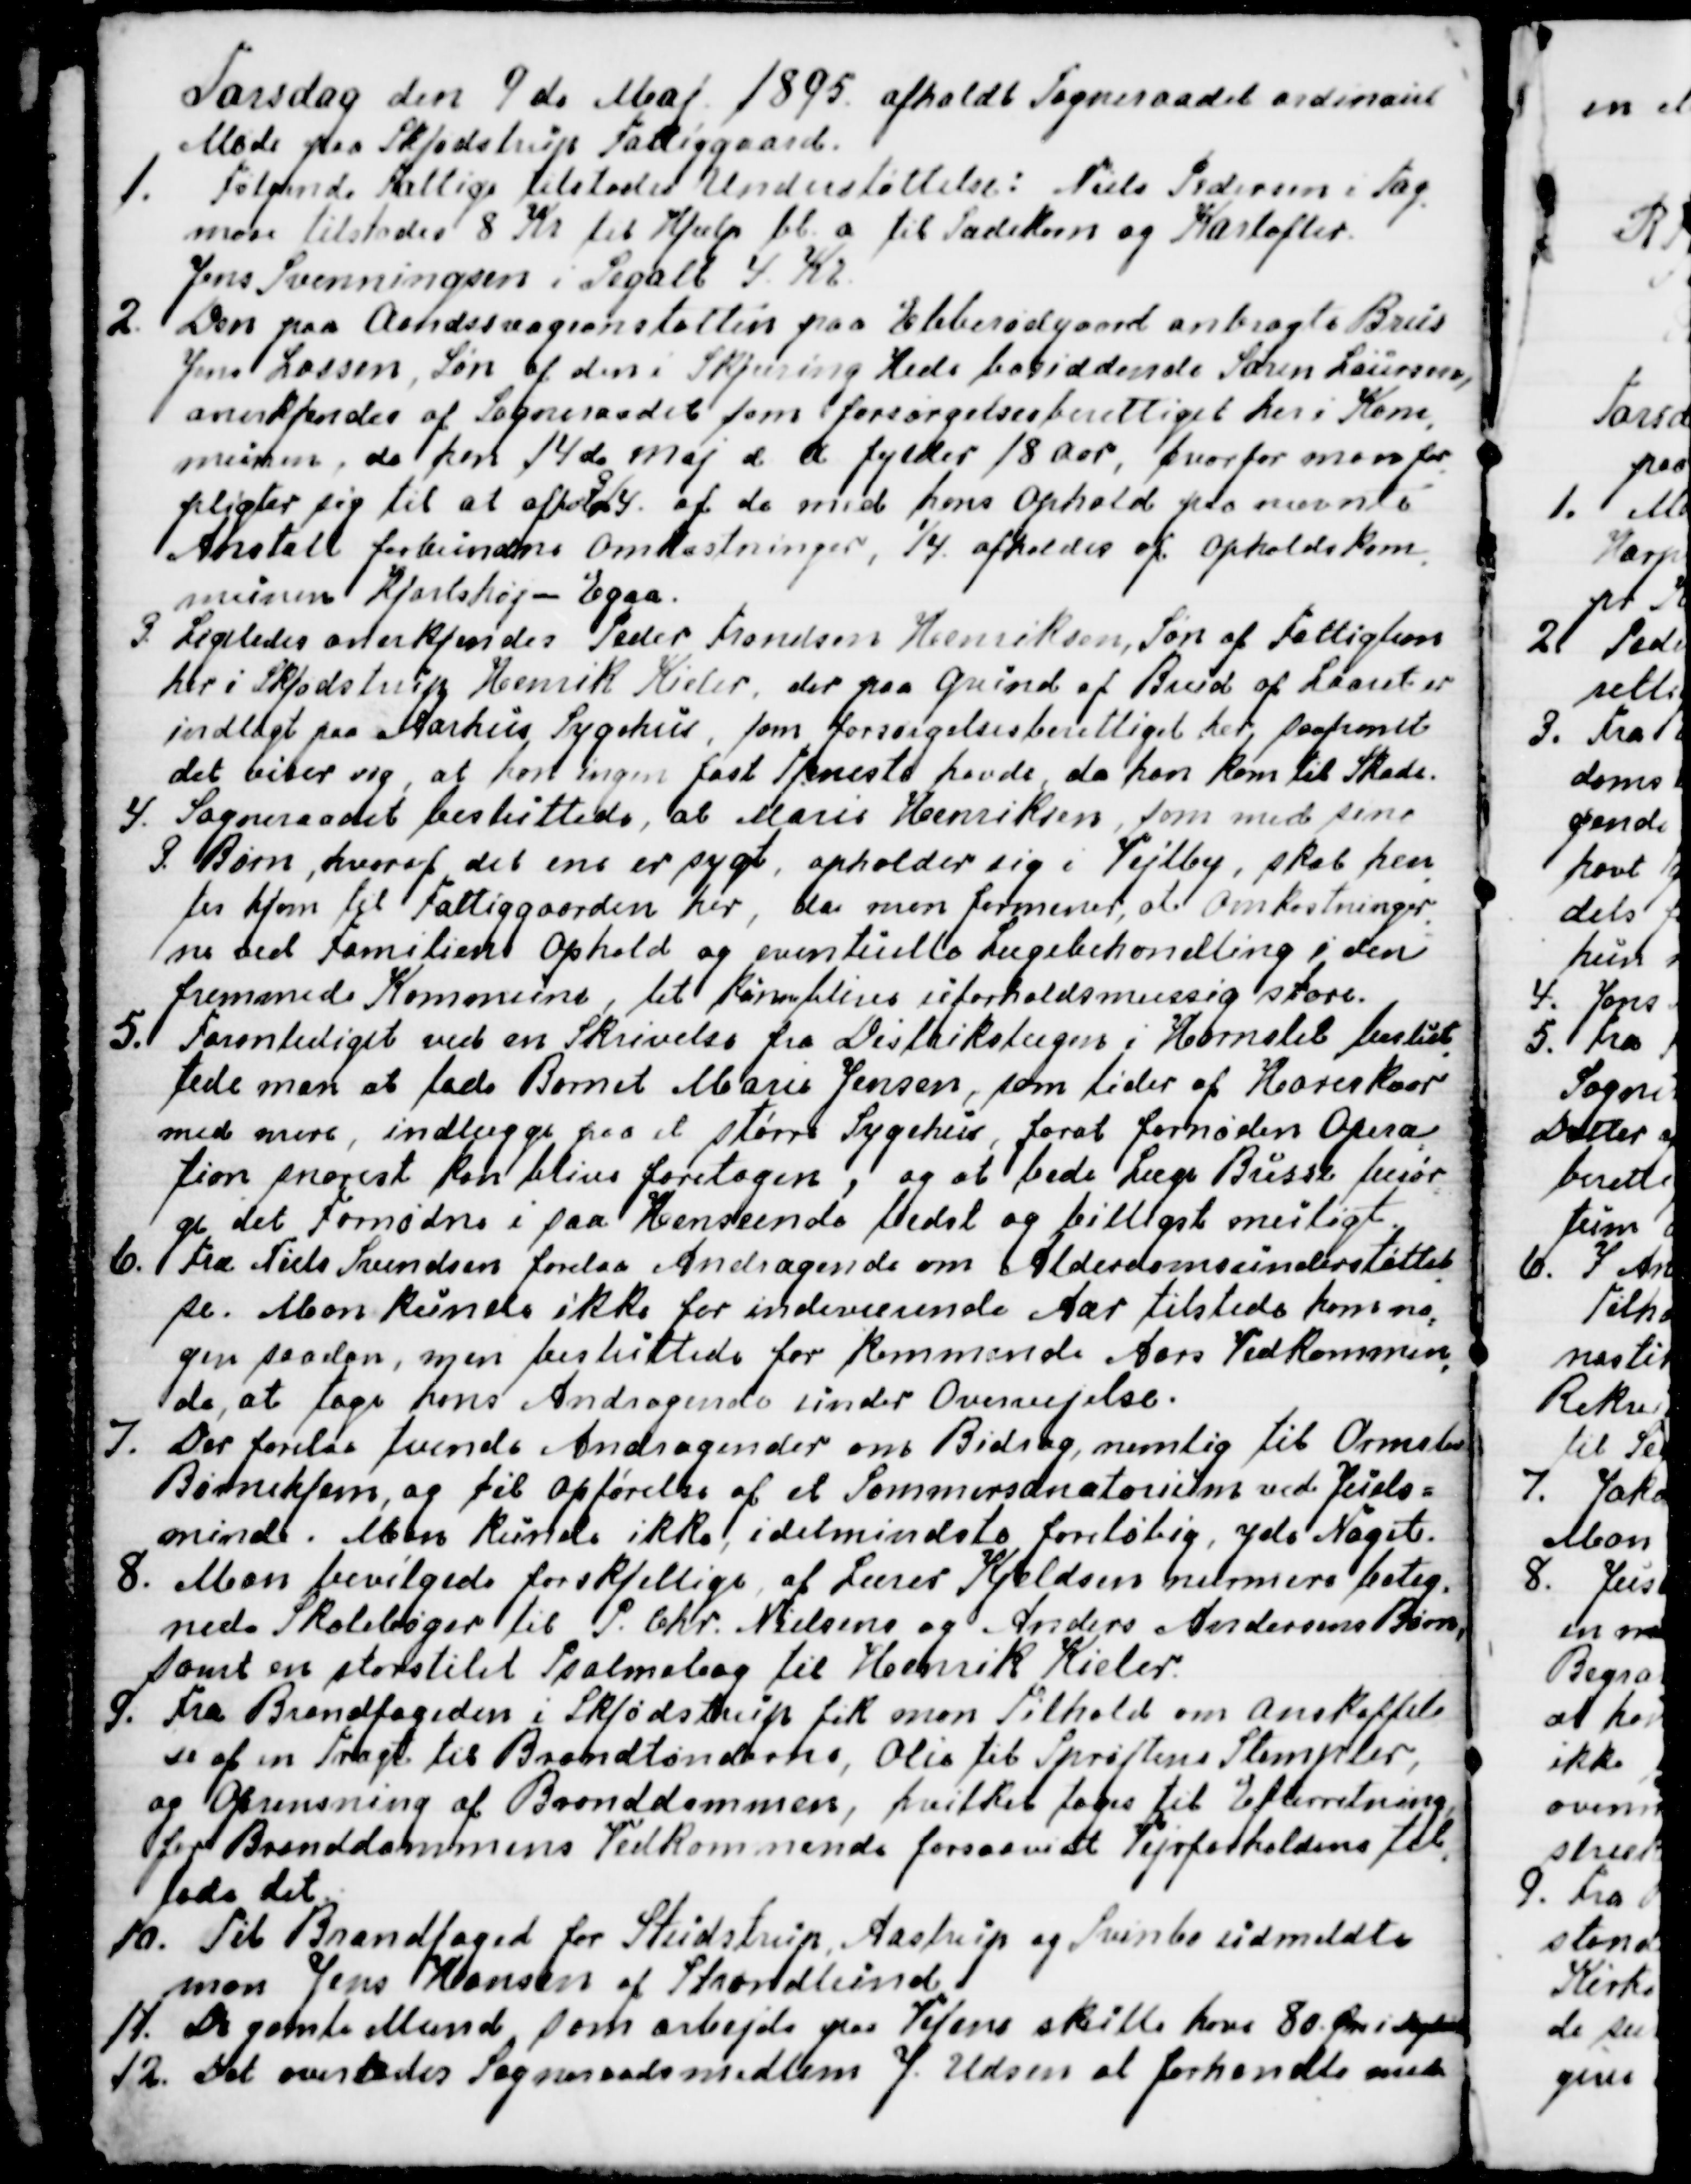
Transskription:
Torsdag den 9de Maj. 1895. afholdt Sogneraadet ordinairt
Møde paa Skjødstrup Fattiggaard.
1. Følgende Fattige tilstodes Understøttelse: Niels Pedersen i Tag
-
mose tilstodes 8 Kr til Hjælp bl. a til Sædekorn og Kartofler.
Jens Svenningsen i Segalt 4. Kr.
2. Den paa Aandssvageanstalten paa Ebberødgaard anbragte Brus
Jens Lassen, Søn af den i Skjæring Hede bosiddende Søren Laursen,
anerkjendes af Sogneraadet som forsørgelsesberettiget her i Kom
-
munen, da han 14de Maj d. A fylder 18 Aar, hvorfor man for
-
pligter sig til at afholde ¾. af de med hans ophold paa nævnte
Anstalt forbundne Omkostninger, ¼ afholdes af Opholdskom
-
munen Hjortshøj - Egaa.
3. Ligeledes anerkjendes Peder Frandsen Henriksen, Søn af Fattiglem
her i Skjødstrup Henrik Kieler, der paa Grund af Brud af Laaret er
indlagt paa Aarhus Sygehus, som forsørgelsesberettiget her, saafremt
det viser sig, at han ingen fast Tjeneste havde, da han kom til Skade.
4. Sogneraadet besluttede, at Marie Henriksen, som med sine
3 Børn, hvoraf det ene er sygt, opholder sig i Vejlby, skal hen
-
tes hjem til Fattiggaarden her, da man formener, at Omkostninger
-
ne ved Familiens Ophold og eventuelle Lægebehandling i den
fremmede Kommune, let kan blive uforholdsmæssig store.
5. Foranlediget ved en Skrivelse fra Distriktslægen i Hornslet beslut
-
tede man at lade Barnet Marie Jensen, som lider af Hareskaar
med mere, indlægge paa et større Sygehus, forat fornøden Opera
-
tion snarest kan blive foretagen, og at bede Læge Busse besør
-
ge det Fornødne i saa Henseende bedst og billigst muligt.
6.  Fra Niels Svendsen forelaa Andragende om Alderdomsunderstøttel
-
se. Man kunde ikke for indeværende Aar tilstede ham  no
-
gen saadan, men besluttede for kommende Aars Vedkommen
-
de, at tage hans Andragende under Overvejelse.
7. Der forelaa tvende Andragender om Bidrag, nemlig til Ormslev
Børnehjem, og til Opførelse af et Sommersanatorium ved Juels=
minde. Man kunde ikke, idetmindste foreløbig, yde Noget.
8. Man bevilgede forskjellige af Lærer Kjeldsens nærmere beteg
-
nede Skolebøger til P. Chr. Nielsens og Anders Andersens Børn,
samt en storstilet Psalmebog til Henrik Kieler.
9. Fra Brandfogeden i Skjødstrup fik man Tilhold om anskaffel
se af en Tragt til Brandtønderne, Olie til Sprøjtens Stempler,
og Oprensning af Branddammen, hvilket toges til Efterretning,
for Branddammens Vedkommende forsaavidt Vejrforholdene til
-
lade det.
10. Til Brandfoged for Studstrup, Aastrup og Svinbo udmeldte
man Jens Hansen af Strandlund.
11. De gamle Mænd, som arbejde paa Vejene skulle have 80 Øre i Dagløn
12. Det overlodes Sogneraadsmedlem J. Udsen at forhandle med